Scottish Leaving Certificate Examination, 1959
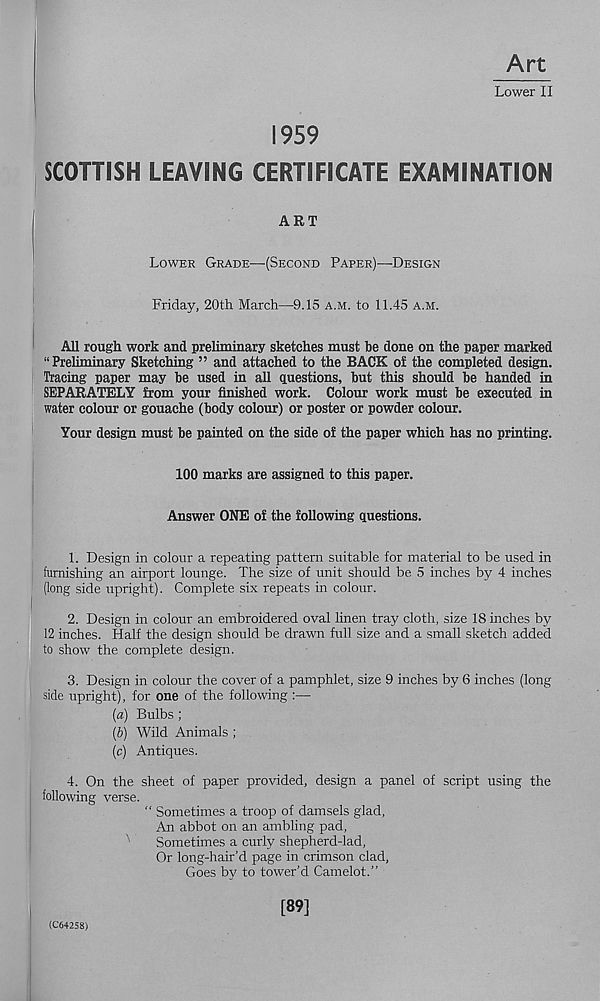
Lower II
1959
SCOTTISH LEAVING CERTIFICATE EXAMINATION
ART
Lower Grade—(Second Paper)—Design
Friday, 20th March—9.15 a.m. to 11.45 a.m.
All rough work and preliminary sketches must be done on the paper marked
“Preliminary Sketching ” and attached to the BACK of the completed design.
Tracing paper may be used in all questions, but this should be handed in
SEPARATELY from your finished work. Colour work must be executed in
water colour or gouache (body colour) or poster or powder colour.
Your design must be painted on the side of the paper which has no printing.
100 marks are assigned to this paper.
Answer ONE of the following questions.
1. Design in colour a repeating pattern suitable for material to be used in
furnishing an airport lounge. The size of unit should be 5 inches by 4 inches
(long side upright). Complete six repeats in colour.
2. Design in colour an embroidered oval linen tray cloth, size 18 inches by
12 inches. Half the design should be drawn full size and a small sketch added
to show the complete design.
'
3. Design in colour the cover of a pamphlet, size 9 inches by 6 inches (long
side upright), for one of the following :—
(a) Bulbs ;
(b) Wild Animals ;
(c) Antiques.
4. On the sheet of paper provided, design a panel of script using the
following verse.
“ Sometimes a troop of damsels glad,
An abbot on an ambling pad.
Sometimes a curly shepherd-lad,
Or long-hair’d page in crimson clad,
Goes by to tower’d Camelot.”
[89]
(C6425S)